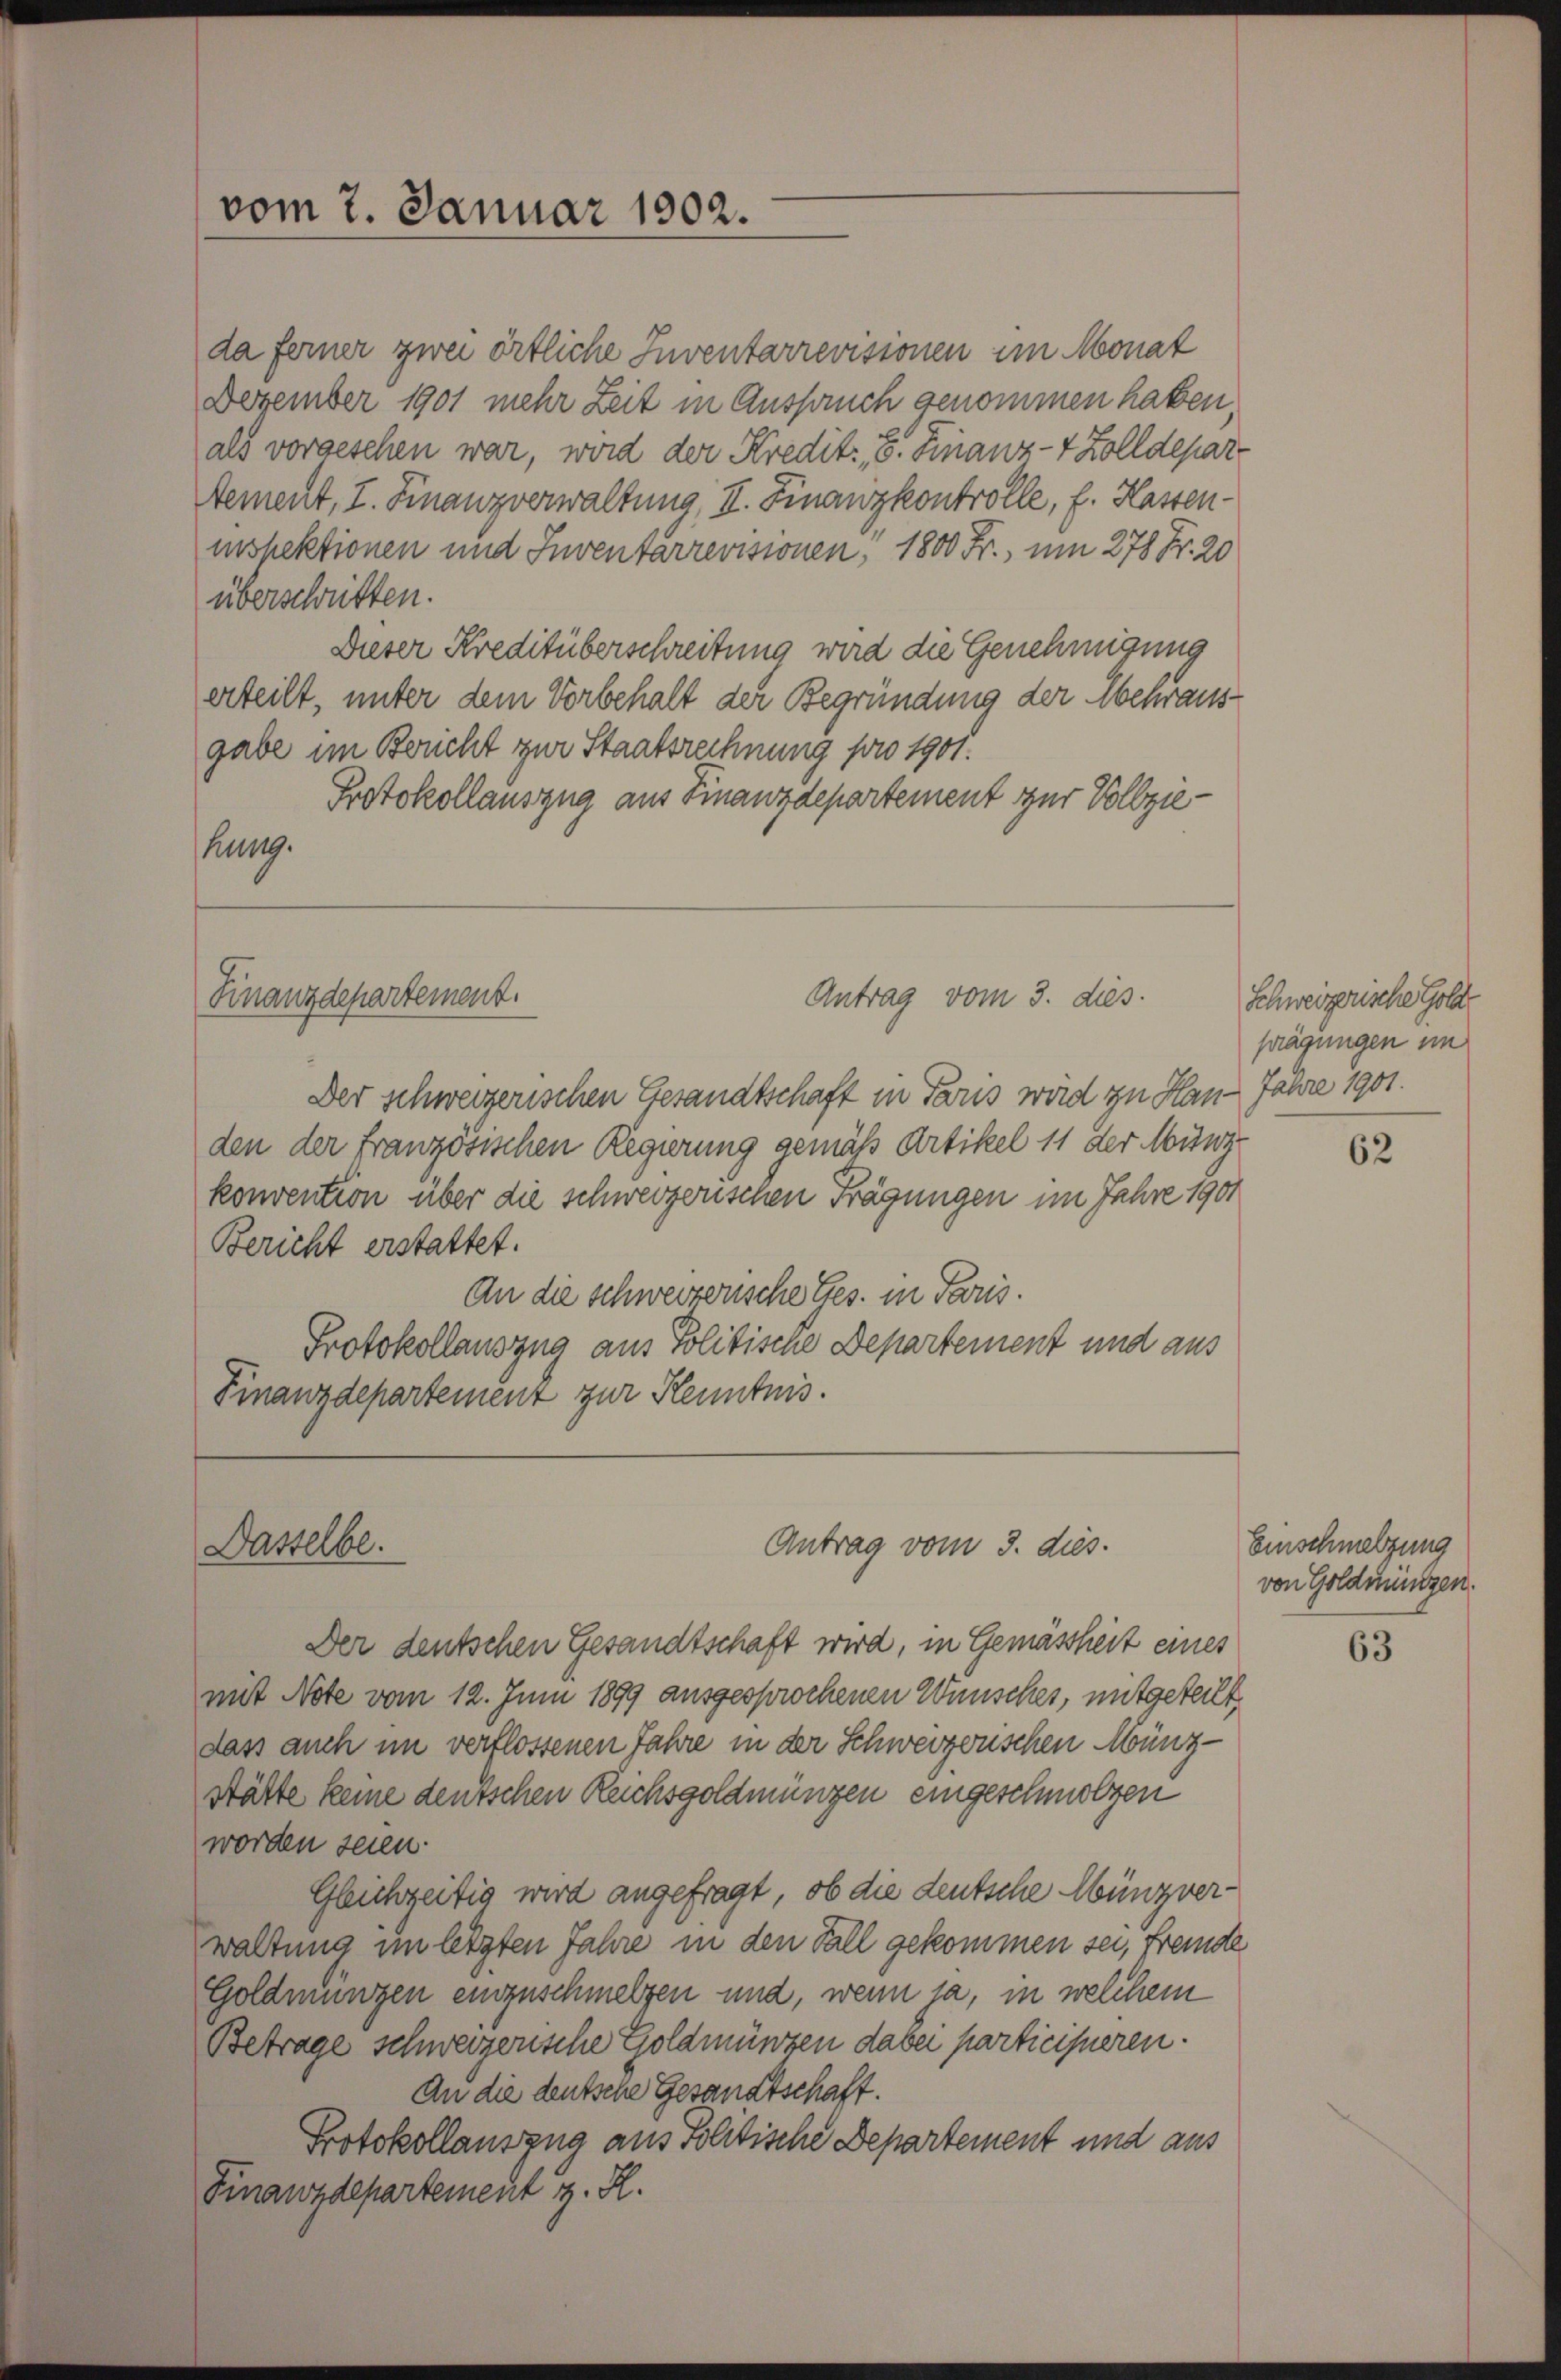
da ferner zwei örtliche Inventarrevisionen im Monat
Dezember 1901 mehr Zeit in Ausspruch genommen haben,
als vorgeschen war, wird der Kredit: 5. Finanz-7 Zolldepar
Aement, I. Finanzverwaltung, II. Finanzkontrolle, f. Hassen-
inspektionen und Inventarrevisionen, 1800 Fr., um 278 Fr. 20
überschriften.
Dieser Kreditüberschreitung wird die Genehmigung
erteilt, unter dem Vorbehalt der Begründung der Mehrausgabe im Bericht zur Staatsrechnung pro 1901.
Protokollauszug aus Finanzdepartement zur Vollziehung.

Finanzdepartement.

vom 7. Januar 1902.

Antrag vom 3. dies
Der schweizerischen Gesandtschaft in Paris wird zu Handen der französischen Regierung gemäß Artikel 11 der Münzkonvention über die schweizerischen Frägungen im Jahre 1901
Bericht erstattet.
An die schweizerische Ges. in Paris.
Protokollauszug aus Politische Departement und aus
Finanzdepartement zur Kenntnis.

Dasselbe.

Der deutschen Gesandtschaft wird, in Gemässheit eines
mit Note vom 12. Juni 1899 ausgesprochenen Wünsches, mitgeteilt,
dass auch im verflossenen Jahre in der Schweizerischen Münz-
Stätte keine deutschen Reichsgoldmüngen eingeschmolzen
worden seien.
Gleichzeitig wird angefragt, ob die deutsche Münzverwaltung im letzten Jahre in den Fall gekommen sei, fremde
Goldmungen einzuschmelzen und, wenn ja, in welchem
Betrage schweizerische Goldmünzen dabei participieren.
An die deutsche Gesandtschaft.
Protokollauszug aus Politische Departement und aus
Finanzdepartement z. R.

Antrag vom 3. dies.

Schweizerische Goldprägungen im
Jahre 1901.

62

Einschmelzung
von Goldmünzen.

63